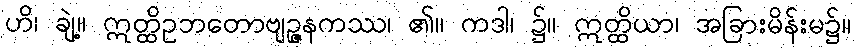
ဟိ၊ ချဲ့။ ဣတ္ထိဥဘတောဗျဉ္ဇနကဿ၊ ၏။ ကဒါ၊ ၌။ ဣတ္ထိယာ၊ အခြားမိန်းမ၌။